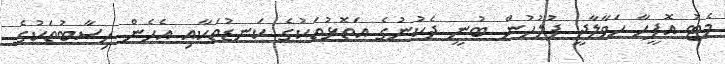
މެޓު އޮފީހާ ހަވާލާދީ ފުލުހުން ބުނީ ދެކުނުގެ އަތޮޅުތަކުގެ ކަނޑުތަކާއި އެހެން ހިސާބުތަކުގެ